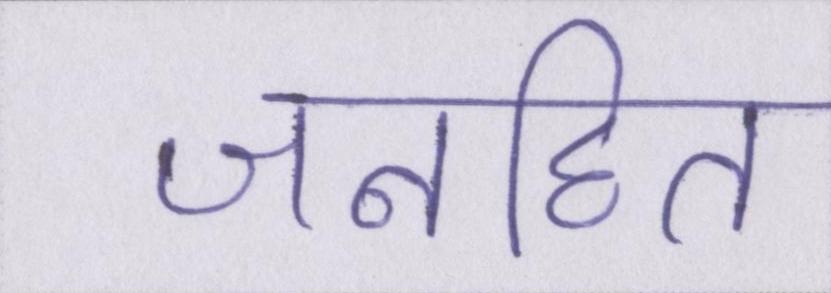
जनहित